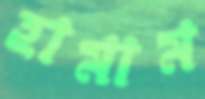
হামাম